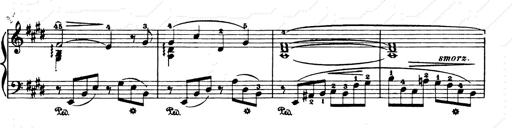
Title: Consolations and LiebestrÃ¤ume for the Piano
Composer: Franz Liszt